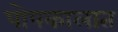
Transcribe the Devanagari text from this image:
पोपकालात